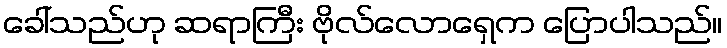
ခေါ်သည်ဟု ဆရာကြီး ဗိုလ်လောရှေက ပြောပါသည်။